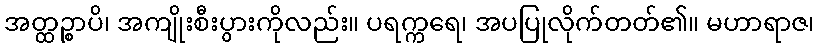
အတ္ထဉ္စာပိ၊ အကျိုးစီးပွားကိုလည်း။ ပရက္ကရေ၊ အပပြုလိုက်တတ်၏။ မဟာရာဇ၊